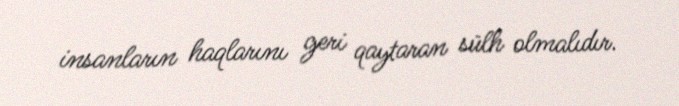
insanların haqlarını geri qaytaran sülh olmalıdır.